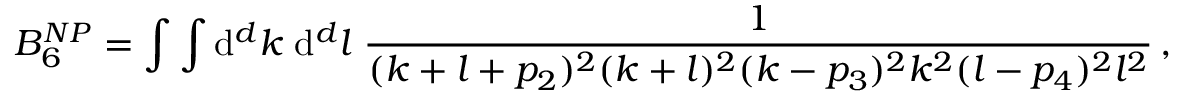
B _ { 6 } ^ { N P } = \int \int \mathrm { d } ^ { d } k \; \mathrm { d } ^ { d } l \; \frac { 1 } { ( k + l + p _ { 2 } ) ^ { 2 } ( k + l ) ^ { 2 } ( k - p _ { 3 } ) ^ { 2 } k ^ { 2 } ( l - p _ { 4 } ) ^ { 2 } l ^ { 2 } } \, ,